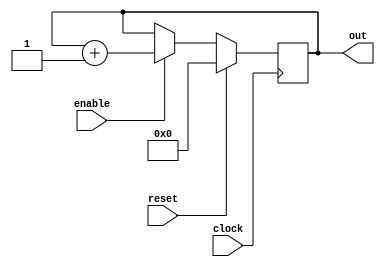
//include guard
`ifndef COUNTER_SYNC_POS_RST_W_POS_EN_UP_4
	`define COUNTER_SYNC_POS_RST_W_POS_EN_UP_4
	// 
	`timescale 1ns / 100ps

	/* 4ResetEnable
		 copyright 2012 (pika1021@gmail.com) */
	module counterSyncPosRstWithPosEnUp4bit(
		out,
		clock,
		reset,
		enable);//clock pulse
		//port 
		output [3:0] out;
		input clock, reset, enable;

		//port 
		reg [3:0] out;
		wire clock, reset, enable;

		//
		always @ (posedge clock) begin
			//resetHIGHoutput
			if (reset == 1'b1) begin
				out <= #1 4'b0000;
			end
			//enableHIGH
			else if(enable == 1'b1) begin
				out <= #1 out + 1;
			end
		end
	endmodule
`endif